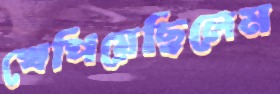
খেপিয়েছিলেম